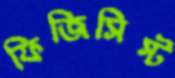
ফিজিসিস্ট